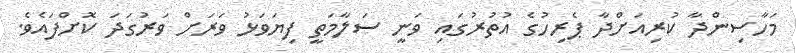
މަހާސިންދާ ކުރިއަށްދާ ޕެރިހުގެ އުތުރުގައި ވަނީ ސަލާމަތީ ފިޔަވަޅު ވަރަށް ވަރުގަދަ ކޮށްފައެވެ.